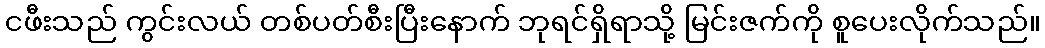
ငဖီးသည် ကွင်းလယ် တစ်ပတ်စီးပြီးနောက် ဘုရင်ရှိရာသို့ မြင်းဇက်ကို စူပေးလိုက်သည်။